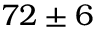
7 2 \pm 6